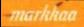
markkaa